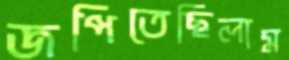
জপিতেছিলাম